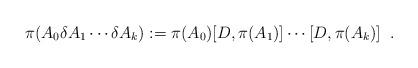
LaTeX: \begin{align*}\pi(A_0\delta A_1\cdots\delta A_k):=\pi(A_0)[D,\pi(A_1)]\cdots[D,\pi(A_k)]\;\; .\end{align*}